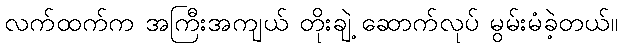
လက်ထက်က အကြီးအကျယ် တိုးချဲ့ ဆောက်လုပ် မွမ်းမံခဲ့တယ်။